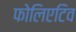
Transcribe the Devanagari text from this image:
फोलिएटिव